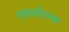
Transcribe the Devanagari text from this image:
रूफकौम्ब्स